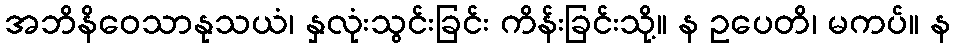
အဘိနိဝေသာနုသယံ၊ နှလုံးသွင်းခြင်း ကိန်းခြင်းသို့။ န ဥပေတိ၊ မကပ်။ န